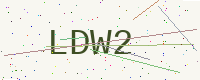
Text: LDW2